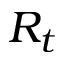
R _ { t }